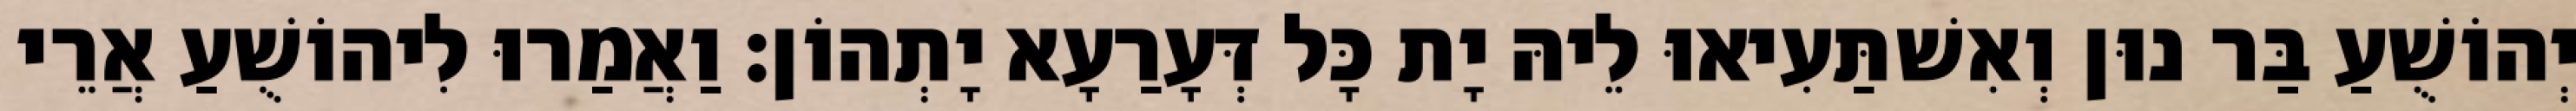
יְהוֹשֻׁעַ בַּר נוּן וְאִשׁתַּעִיאוּ לֵיהּ יָת כָּל דְּעָרַעָא יָתְהוֹן׃ וַאֲמַרוּ לִיהוֹשֻׁעַ אֲרֵי